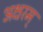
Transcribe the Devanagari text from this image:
अक्षरम्